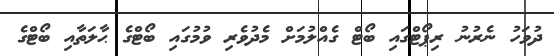
ދުވަހު ނެރުނު ރިޕޯޓްގައި ބޯޓް ގެއްލުމަށް މެދުވެރި ވުމުގައި ބޯޓްގެ ޙާލަތާއި ބޯޓްގެ